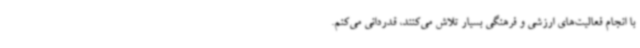
با انجام فعالیت‌های ارزشی و فرهنگی بسیار تلاش می‌کنند، قدردانی می‌کنم.